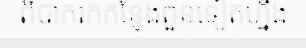
ពិបាករកកន្លែងពួនទៀតហ្នឹង